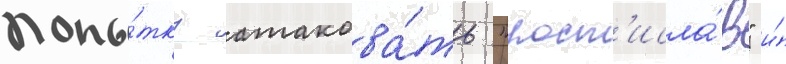
попы́тку атакова́ть "рост'исла́в" и́